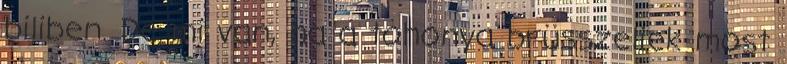
biliben. De mi van, ha a tohonya brüsszeliek most